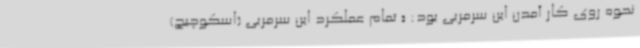
نحوه روی کار آمدن این سرمربی بود: « تمام عملکرد این سرمربی (اسکوچیچ)